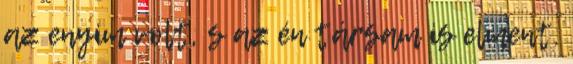
az enyim volt, s az én társam is elment.